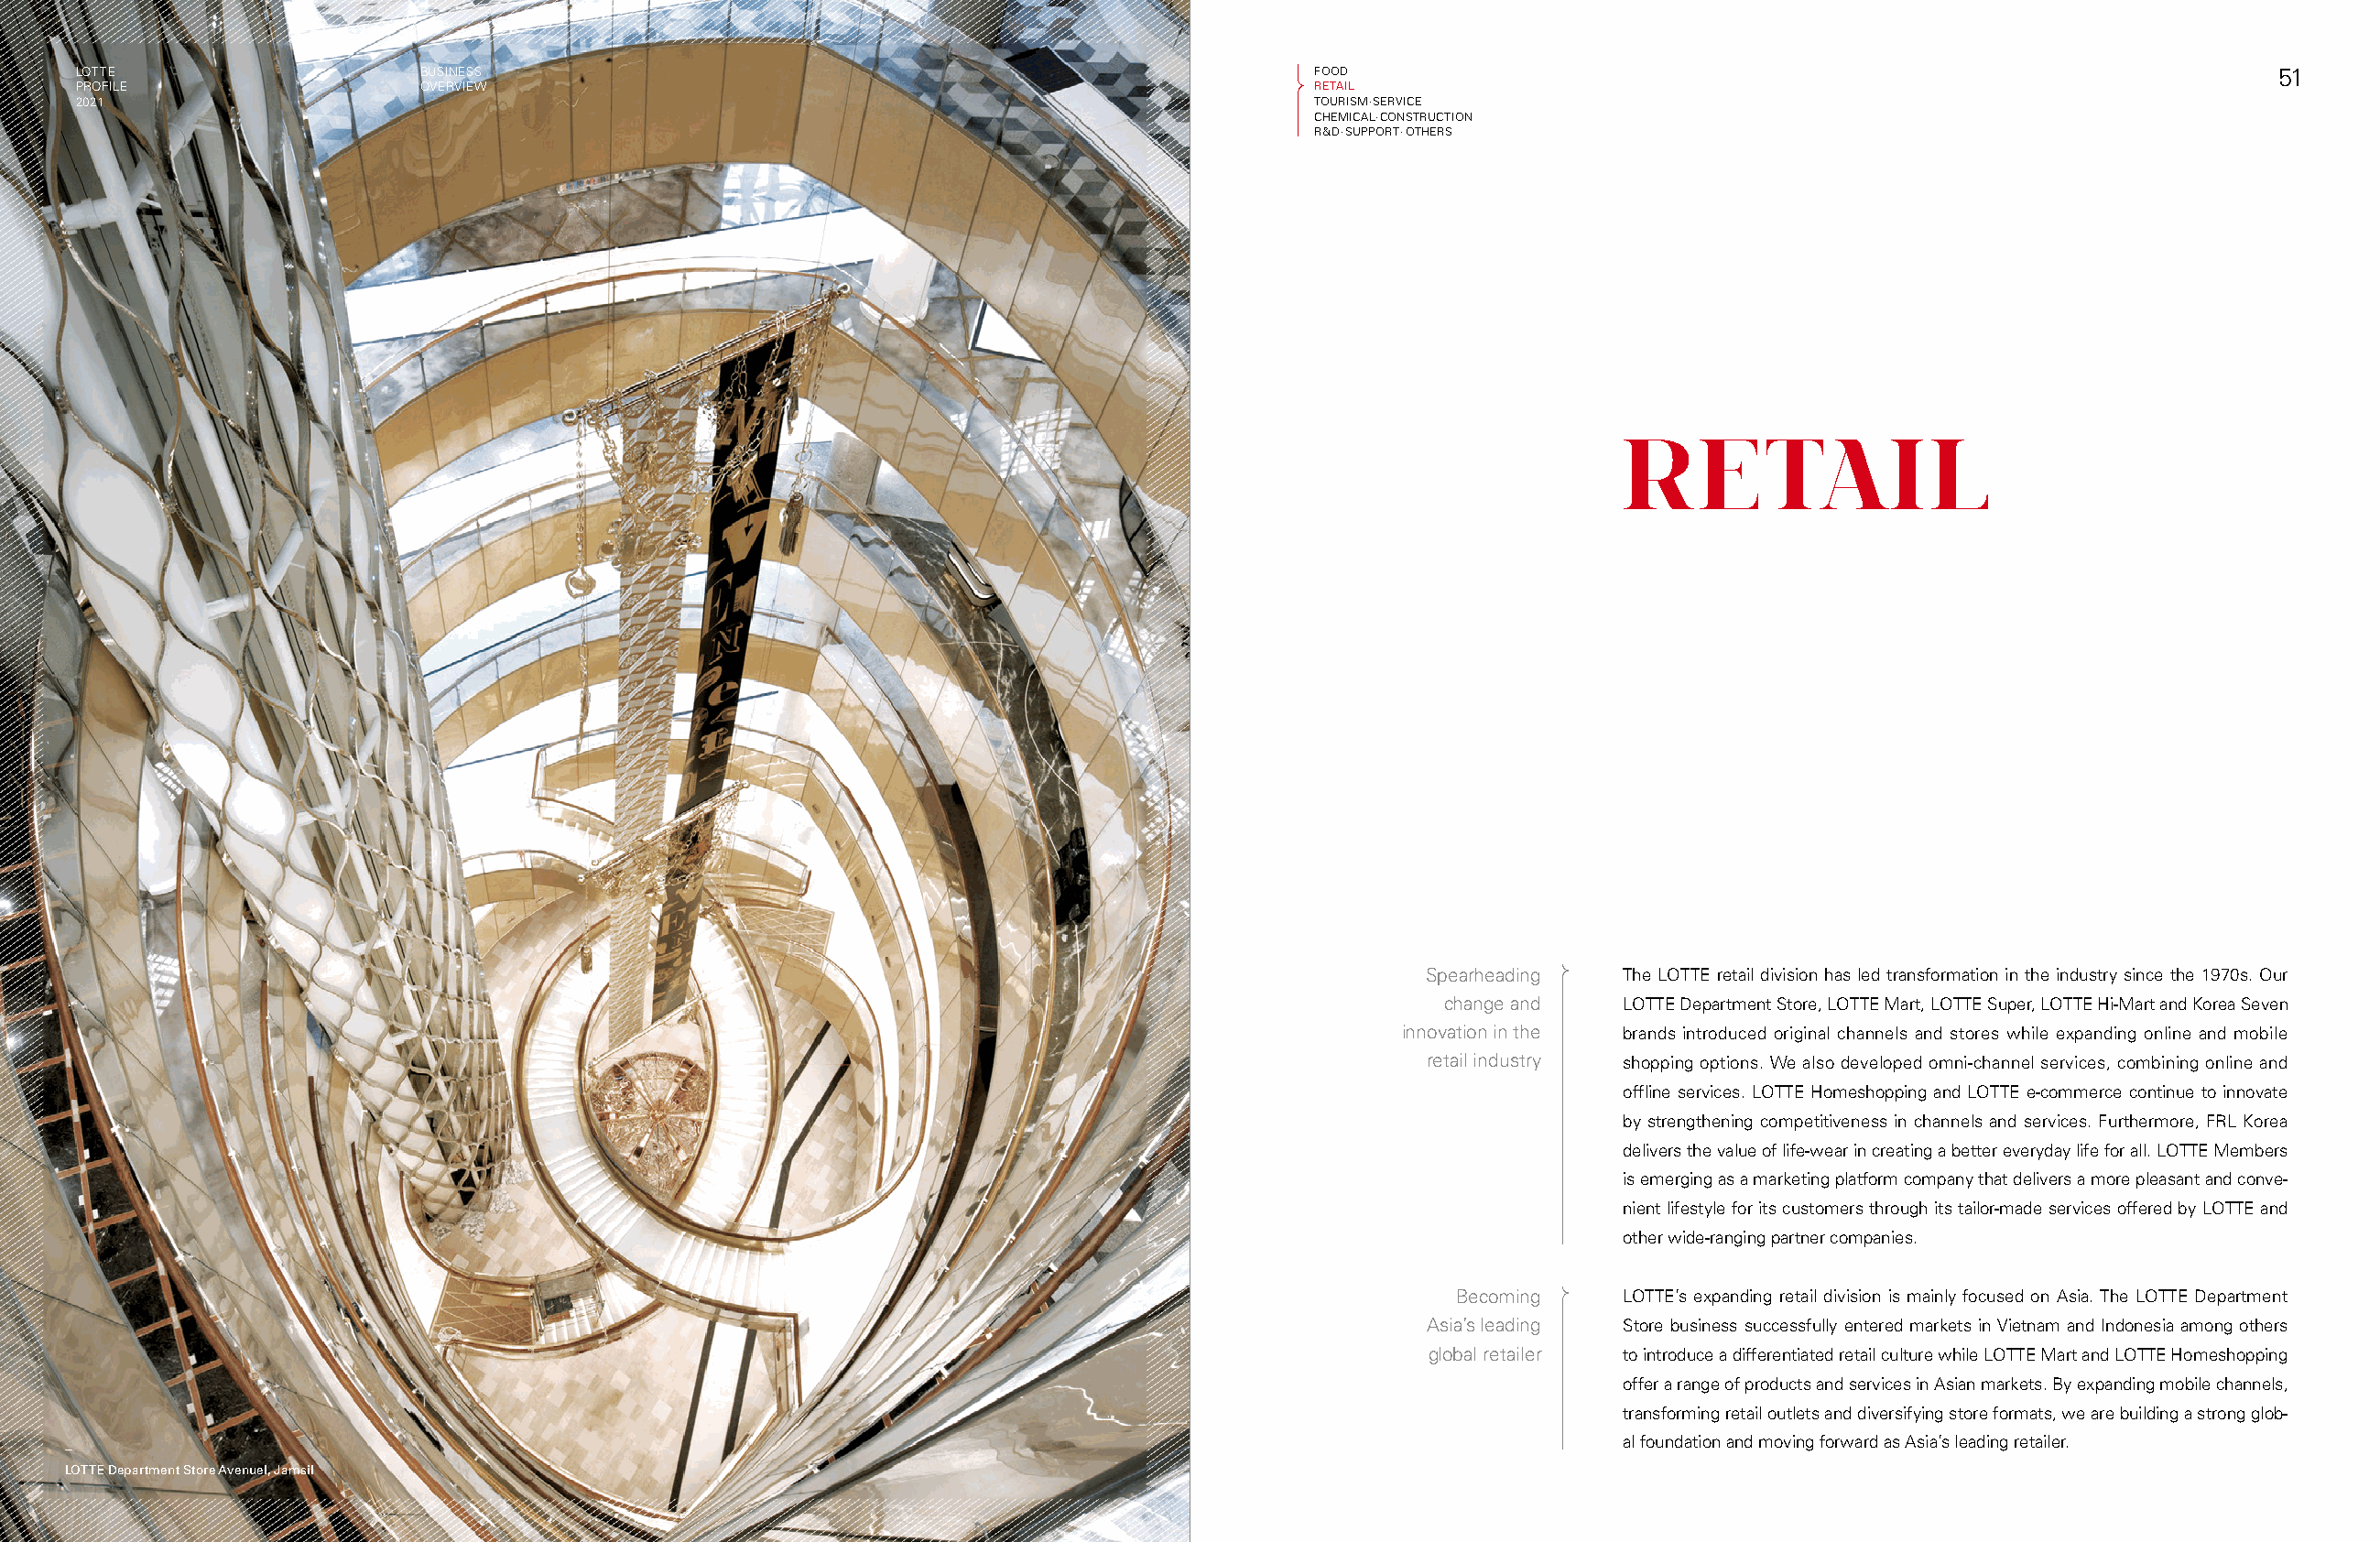
LOTTE                    BUSINESS                                                         FOOD                                                                  51
 PROFILE                  OVERVIEW                                                         RETAIL
 2021                                                                                      TOURISM·SERVICE
 CHEMICAL·CONSTRUCTION
 R&D·SUPPORT·OTHERS
 RETAIL
 Spearheading  The LOTTE retail division has led transformation in the industry since the 1970s. Our
 change and   LOTTE Department Store, LOTTE Mart, LOTTE Super, LOTTE Hi-Mart and Korea Seven
 innovation in the brands introduced original channels and stores while expanding online and mobile
 retail industry shopping options. We also developed omni-channel services, combining online and
 offline services. LOTTE Homeshopping and LOTTE e-commerce continue to innovate
 by strengthening competitiveness in channels and services. Furthermore, FRL Korea
 delivers the value of life-wear in creating a better everyday life for all. LOTTE Members
 is emerging as a marketing platform company that delivers a more pleasant and conve-
 nient lifestyle for its customers through its tailor-made services offered by LOTTE and
 other wide-ranging partner companies.
 Becoming    LOTTE’s expanding retail division is mainly focused on Asia. The LOTTE Department
 Asia’s leading Store business successfully entered markets in Vietnam and Indonesia among others
 global retailer to introduce a differentiated retail culture while LOTTE Mart and LOTTE Homeshopping
 offer a range of products and services in Asian markets. By expanding mobile channels,
 transforming retail outlets and diversifying store formats, we are building a strong glob-
 al foundation and moving forward as Asia’s leading retailer.
 LOTTE Department Store Avenuel, Jamsil